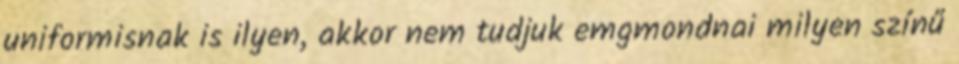
uniformisnak is ilyen, akkor nem tudjuk emgmondnai milyen színű